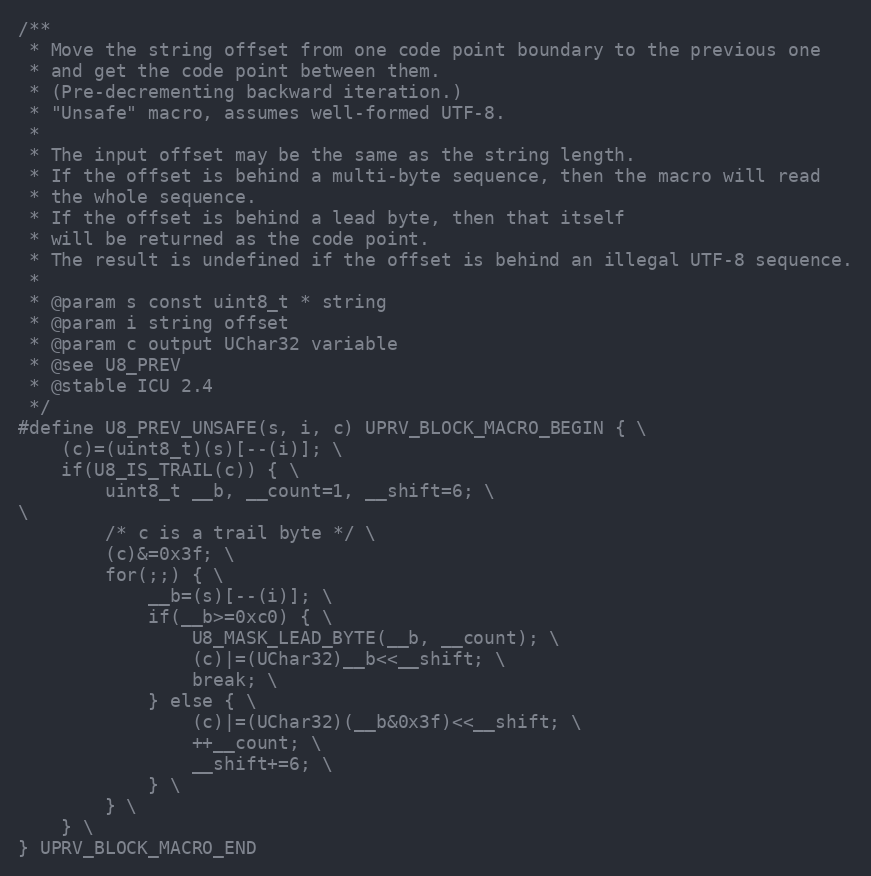
Language: C
/**
 * Move the string offset from one code point boundary to the previous one
 * and get the code point between them.
 * (Pre-decrementing backward iteration.)
 * "Unsafe" macro, assumes well-formed UTF-8.
 *
 * The input offset may be the same as the string length.
 * If the offset is behind a multi-byte sequence, then the macro will read
 * the whole sequence.
 * If the offset is behind a lead byte, then that itself
 * will be returned as the code point.
 * The result is undefined if the offset is behind an illegal UTF-8 sequence.
 *
 * @param s const uint8_t * string
 * @param i string offset
 * @param c output UChar32 variable
 * @see U8_PREV
 * @stable ICU 2.4
 */
#define U8_PREV_UNSAFE(s, i, c) UPRV_BLOCK_MACRO_BEGIN { \
    (c)=(uint8_t)(s)[--(i)]; \
    if(U8_IS_TRAIL(c)) { \
        uint8_t __b, __count=1, __shift=6; \
\
        /* c is a trail byte */ \
        (c)&=0x3f; \
        for(;;) { \
            __b=(s)[--(i)]; \
            if(__b>=0xc0) { \
                U8_MASK_LEAD_BYTE(__b, __count); \
                (c)|=(UChar32)__b<<__shift; \
                break; \
            } else { \
                (c)|=(UChar32)(__b&0x3f)<<__shift; \
                ++__count; \
                __shift+=6; \
            } \
        } \
    } \
} UPRV_BLOCK_MACRO_END